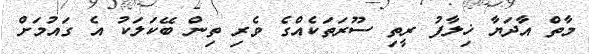
މާތް އާދަޔާ ޚިލާފު ރީތި ސޫރަތަކެއްގެ ވެރި ތިން ބޭކަލަކު އެ ގައުމަށް